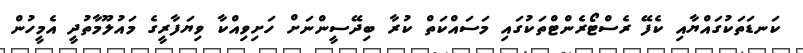
ކަނޑަތަކުގައްޔާއި ކެފޭ ރެސްޓޯރެންޓްތަކުގައި މަސައްކަތް ކުރާ ބިދޭސީންނަށް ހަށިވިއްކާ ވިޔަފާރީގެ މައުލޫމާތުދީ އެމީހުން